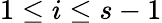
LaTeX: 1\leq i\leq s-1